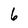
Character: 6